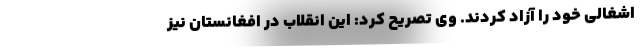
اشغالی خود را آزاد کردند. وی تصریح کرد: این انقلاب در افغانستان نیز